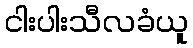
ငါးပါးသီလခံယူ